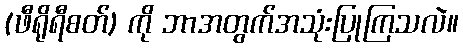
(ဖီရိုရီစတ်) ကို ဘာအတွက်အသုံးပြုကြသလဲ။